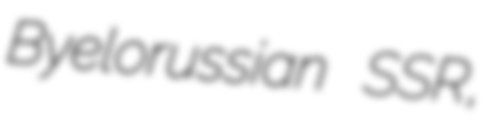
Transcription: Byelorussian SSR,